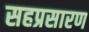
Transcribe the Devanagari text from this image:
सहप्रसारण